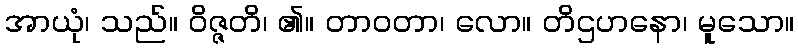
အာယုံ၊ သည်။ ဝိဇ္ဇတိ၊ ၏။ တာဝတာ၊ လော။ တိဌဟနော၊ မူသော။